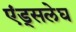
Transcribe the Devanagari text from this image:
एंड्सलेघ